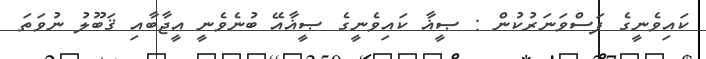
ކައިވެނީގެ ފަސްވަނަރުކުން : ޞީޣާ ކައިވެނީގެ ޞީޣާއޭ ބުނެވެނީ އީޖާބާއި ޤަބޫލު ނުވަތަ